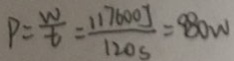
P = \frac { w } { t } = \frac { 1 1 7 6 0 0 J } { 1 2 0 s } = 9 8 0 W